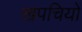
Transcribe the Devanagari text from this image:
खपचियों